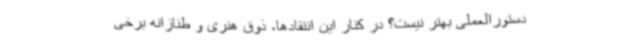
دستورالعملی بهتر نیست؟ در کنار این انتقادها، ذوق هنری و طنازانه برخی